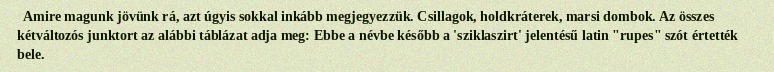
Amire magunk jövünk rá, azt úgyis sokkal inkább megjegyezzük. Csillagok, holdkráterek, marsi dombok. Az összes kétváltozós junktort az alábbi táblázat adja meg: Ebbe a névbe később a 'sziklaszirt' jelentésű latin "rupes" szót értették bele.